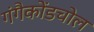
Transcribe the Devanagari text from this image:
गंगैकोंडचोल